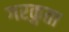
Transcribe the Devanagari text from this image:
गरकुता